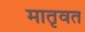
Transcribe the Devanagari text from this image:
मातृवत